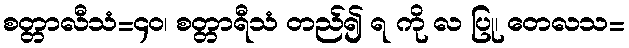
စတ္တာလီသံ=၄၀၊ စတ္တာရီသံ တည်၍ ရ ကို လ ပြု၊ တေလသ=